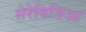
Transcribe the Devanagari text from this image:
सेरेविजिआ